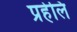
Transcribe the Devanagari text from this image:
प्रहेलि